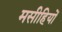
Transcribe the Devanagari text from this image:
मसीहियों